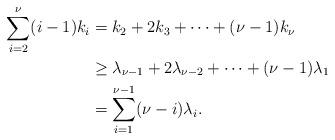
LaTeX: \begin{align*} \sum_{i=2}^{\nu} (i-1)k_i &= k_2 + 2k_3 + \cdots + (\nu-1)k_\nu \\ &\geq \lambda_{\nu-1} + 2\lambda_{\nu-2} + \cdots + (\nu - 1)\lambda_1 \\ &= \sum_{i=1}^{\nu-1} (\nu-i)\lambda_i.\end{align*}